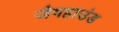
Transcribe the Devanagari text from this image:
जैगहाउंड